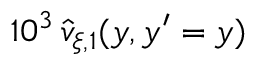
1 0 ^ { 3 } \, \widehat { v } _ { \xi , 1 } ( y , y ^ { \prime } = y )